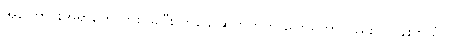
အကြောင်းအရာတွေ တစ် ခုပြီး တစ်ခု ဆက်တိုက် ပြောရတာလည်းပင်ပန်းတယ်။